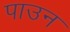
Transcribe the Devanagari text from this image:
पाउन